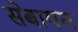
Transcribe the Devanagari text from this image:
सेबायत